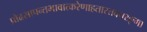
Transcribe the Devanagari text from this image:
प्रोढसापन्तभावात्करेणाहतास्तवत्तरङ्गा